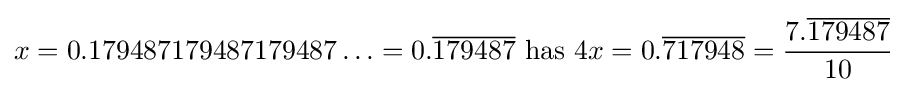
x=0.179487179487179487\ldots =0.{\overline {179487}}{\mbox{ has }}4x=0.{\overline {717948}}={\frac {7.{\overline {179487}}}{10}}